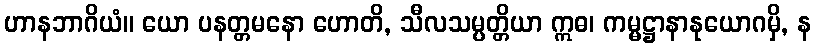
ဟာနဘာဂိယံ။ ယော ပနတ္တမနော ဟောတိ, သီလသမ္ပတ္တိယာ ဣဓ၊ ကမ္မဋ္ဌာနာနုယောဂမှိ, န